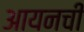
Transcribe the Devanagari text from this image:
आयनची